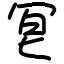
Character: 冟